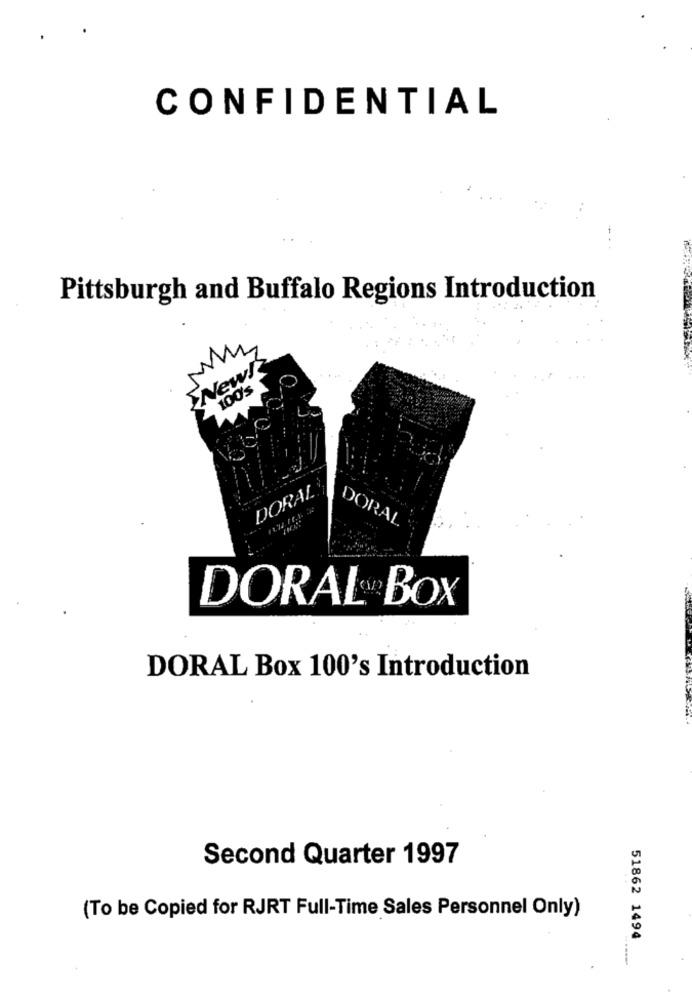
CONFIDENTIAL
Pittsburgh and Buffalo Regions Introduction
New!
100's
DORAL
DORAL
DORAL BOX
DORAL Box 100's Introduction
Second Quarter 1997
(To be Copied for RJRT Full-Time Sales Personnel Only)
51862 1494